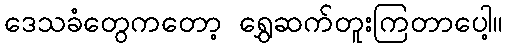
ဒေသခံတွေကတော့ ရွှေဆက်တူးကြတာပေါ့။